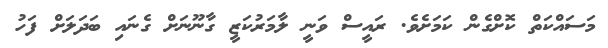
މަސައްކަތް ކޮށްގެން ކަމަށެވެ. ރައީސް ވަނީ ލާމަރުކަޒީ ގާނޫނަށް ގެނައި ބަދަލަށް ފަހު